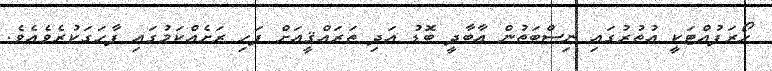
ހޯރަފުއްޓަކީ އުތުރުގައި ނިސްބަތުން އާބާދީ ބޮޑު އަދި ތަރައްޤީއަށް ފަހި ރަށެއްކަމުގައި ފާހަގަކުރެވެއެވެ.